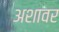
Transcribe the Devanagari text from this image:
अशावर